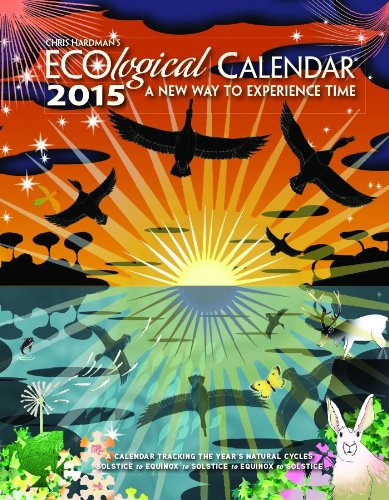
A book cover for Chris Hardman's Ecological 2015 Calendar; Calendars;